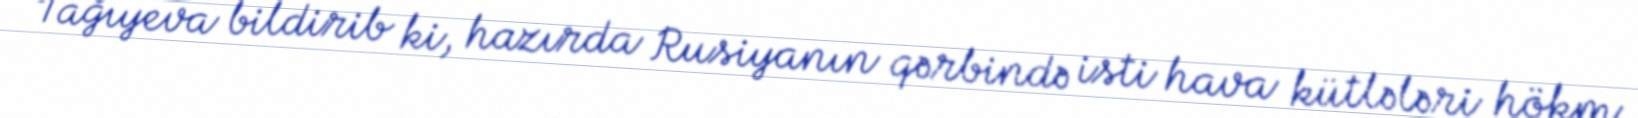
Tağıyeva bildirib ki, hazırda Rusiyanın qərbində isti hava kütlələri hökm